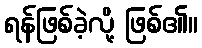
ရန်ဖြစ်ခဲ့လို့ ဖြစ်၏။